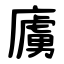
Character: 㢚